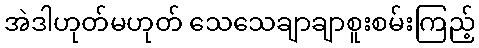
အဲဒါဟုတ်မဟုတ် သေသေချာချာစူးစမ်းကြည့်